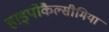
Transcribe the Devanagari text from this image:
हाइपोकैल्सीमिया